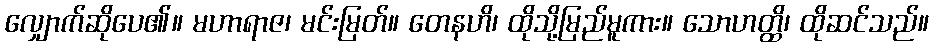
လျှောက်ဆိုပေ၏။ မဟာရာဇ၊ မင်းမြတ်။ တေနဟိ၊ ထိုသို့မြည်မူကား။ သောဟတ္ထိ၊ ထိုဆင်သည်။